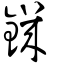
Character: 鐖